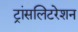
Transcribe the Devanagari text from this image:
ट्रांसलिटरेशन